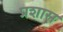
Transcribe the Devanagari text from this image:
प्रशास